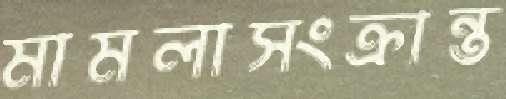
মামলাসংক্রান্ত